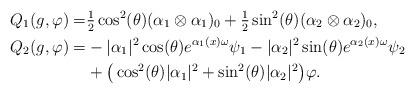
LaTeX: \begin{align*}Q_1(g,\varphi) =& \tfrac{1}{2}\cos^2(\theta) (\alpha_1\otimes\alpha_1)_0 + \tfrac{1}{2}\sin^2(\theta) (\alpha_2 \otimes \alpha_2)_0,\\Q_2(g,\varphi) =&-|\alpha_1|^2 \cos(\theta) e^{\alpha_1(x)\omega} \psi_1 - |\alpha_2|^2 \sin(\theta) e^{\alpha_2(x)\omega}\psi_2\\&+\big( \cos^2(\theta) |\alpha_1|^2 + \sin^2(\theta) |\alpha_2|^2\big)\varphi.\end{align*}